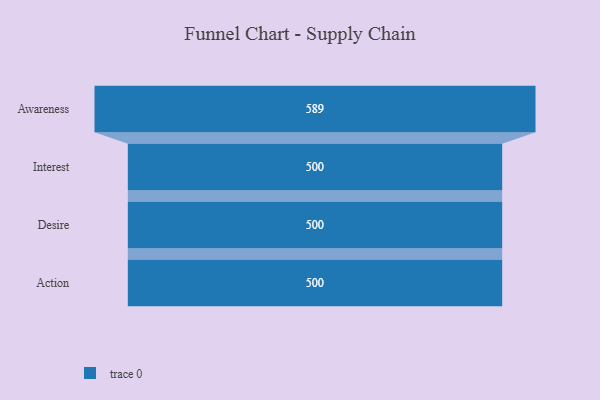
{"axis": {"x": "Stage", "y": "Value"}, "legend": [""], "data": [{"x": "Awareness", "y": 589.0, "type": ""}, {"x": "Interest", "y": 500, "type": ""}, {"x": "Desire", "y": 500, "type": ""}, {"x": "Action", "y": 500, "type": ""}]}